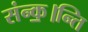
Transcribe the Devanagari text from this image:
संन्क॒।न्ति